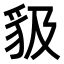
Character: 𧲫